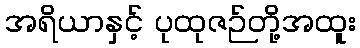
အရိယာနှင့် ပုထုဇဉ်တို့အထူး